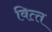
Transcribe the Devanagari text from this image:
वित्‍त